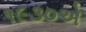
૧૯૩૦એ